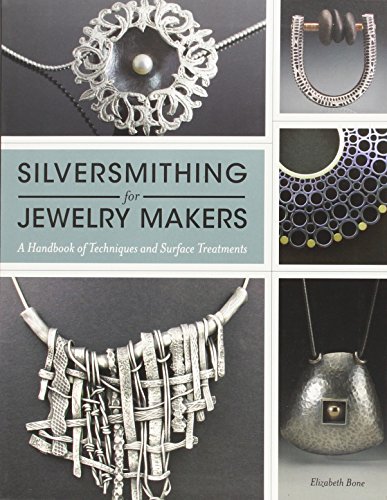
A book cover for Silversmithing for Jewelry Makers: A Handbook of Techniques and Surface Treatments; Elizabeth Bone; Crafts, Hobbies & Home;